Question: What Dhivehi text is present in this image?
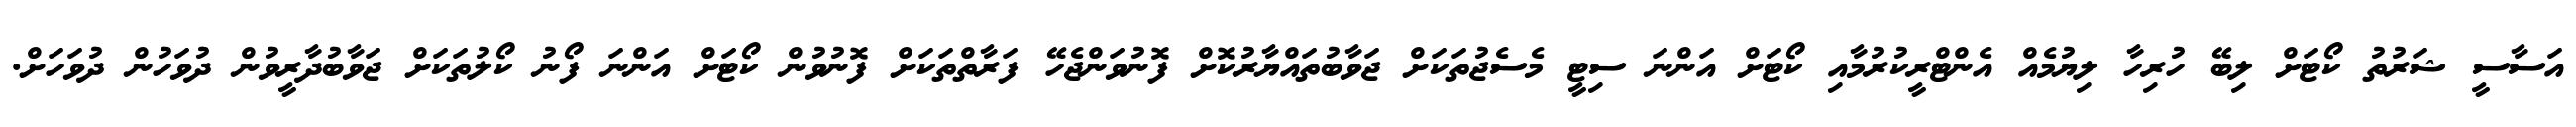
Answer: އަސާސީ ޝަރުތު ކޯޓަށް ލިބޭ ހުރިހާ ލިޔުމެއް އެންޓްރީކުރުމާއި ކޯޓަށް އަންނަ ސިޓީ މެސެޖުތަކަށް ޖަވާބުތައްޔާރުކޮށް ފޮނުވަންޖެހޭ ފަރާތްތަކަށް ފޮނުވުން ކޯޓަށް އަންނަ ފޯނު ކޯލުތަކަށް ޖަވާބުދާރީވުން ދުވަހުން ދުވަހަށް.